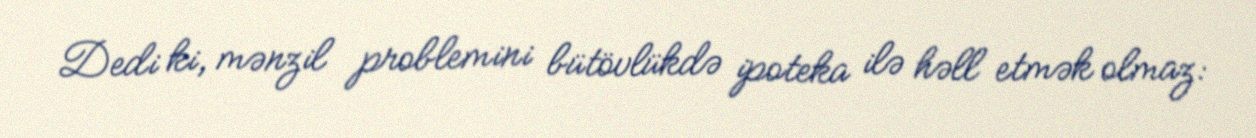
Dedi ki, mənzil problemini bütövlükdə ipoteka ilə həll etmək olmaz: